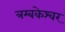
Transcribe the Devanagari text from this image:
त्रम्बकेश्वर